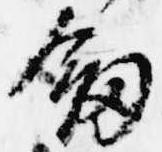
剣